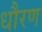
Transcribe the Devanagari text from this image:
धौरण